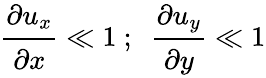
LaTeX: {\cfrac{\partial u_{x}}{\partial x}}\ll 1~;~~{\cfrac{\partial u_{y}}{\partial y}}\ll 1